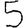
Digit: 5